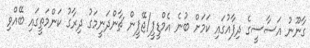
ގާނޫނު އަސާސީގެ ދިފާއުގައި ކަމަށް ބުނެ އެމްޑީޕީ/ޖޭޕީން ޗާންދަނީމަގު ދިރާގު ކަންމަތީގައި ބޭއްވި